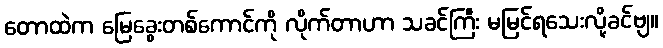
တောထဲက မြေခွေးတစ်ကောင်ကို လိုက်တာဟာ သခင်ကြီး မမြင်ရသေးလို့ခင်ဗျ။